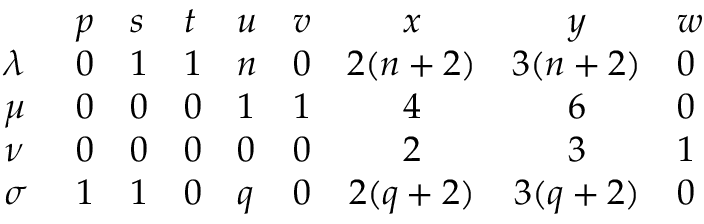
\begin{array} { l l l l l l c c l } { { } } & { { p } } & { { s } } & { { t } } & { { u } } & { { v } } & { { x } } & { { y } } & { { w } } \\ { { \lambda \ } } & { { 0 } } & { { 1 } } & { { 1 } } & { { n } } & { { 0 } } & { { 2 ( n + 2 ) } } & { { 3 ( n + 2 ) } } & { { 0 } } \\ { { \mu \ } } & { { 0 } } & { { 0 } } & { { 0 } } & { { 1 } } & { { 1 } } & { { 4 } } & { { 6 } } & { { 0 } } \\ { { \nu \ } } & { { 0 } } & { { 0 } } & { { 0 } } & { { 0 } } & { { 0 } } & { { 2 } } & { { 3 } } & { { 1 } } \\ { { \sigma \ } } & { { 1 } } & { { 1 } } & { { 0 } } & { { q } } & { { 0 } } & { { 2 ( q + 2 ) } } & { { 3 ( q + 2 ) } } & { { 0 } } \end{array}